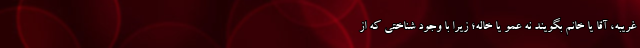
غریبه، آقا یا خانم بگویند نه عمو یا خاله؛ زیرا با وجود شناختی که از